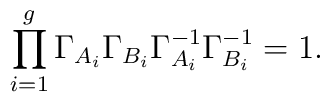
\prod^g_{i=1}\Gamma_{A_i}\Gamma_{B_i}\Gamma^{-1}_{A_i} \Gamma^{-1}_{B_i}=1.